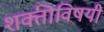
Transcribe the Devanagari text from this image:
शक्तीविषयी